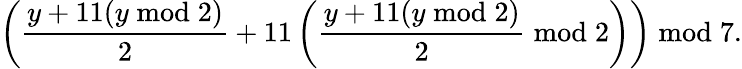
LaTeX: \left({\frac{y+11(y{\bmod{2}})}{2}}+11\left({\frac{y+11(y{\bmod{2}})}{2}}{\bmod{2}}\right)\right){\bmod{7}}.